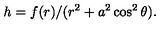
h = f ( r ) / ( r ^ { 2 } + a ^ { 2 } \cos ^ { 2 } \theta ) .